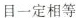
目一定相等